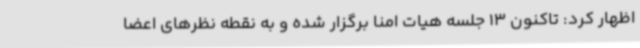
اظهار کرد: تاکنون 13 جلسه هیات امنا برگزار شده و به نقطه نظرهای اعضا